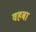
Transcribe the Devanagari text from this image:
वहबा